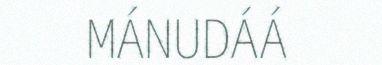
MÁNUDÁÁ